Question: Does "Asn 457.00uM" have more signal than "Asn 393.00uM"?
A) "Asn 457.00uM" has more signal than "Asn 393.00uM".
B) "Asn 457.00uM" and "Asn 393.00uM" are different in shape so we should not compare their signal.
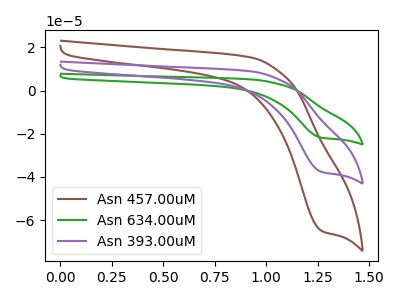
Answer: <think>The brown curve "Asn 457.00uM" has a cathodic peak at: (1.25V, -65.15uA). The green curve "Asn 634.00uM" has a cathodic peak at: (1.25V, -75.55uA). The purple curve "Asn 393.00uM" has a cathodic peak at: (1.25V, -37.75uA).
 All the peaks in "Asn 457.00uM" have a peak in "Asn 393.00uM" at the same potential. Every peak in "Asn 457.00uM" is higher than every peak in "Asn 393.00uM".</think>
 <answer>A) "Asn 457.00uM" has more signal than "Asn 393.00uM".</answer>
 <eval>A</eval>